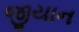
જીયાન